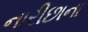
નારીછાના